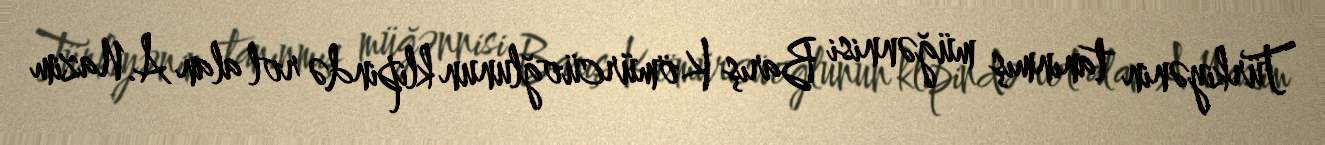
Türkiyənin tanınmış müğənnisi Barış Kömürcüoğlunun klipində rol alan A.Nazim